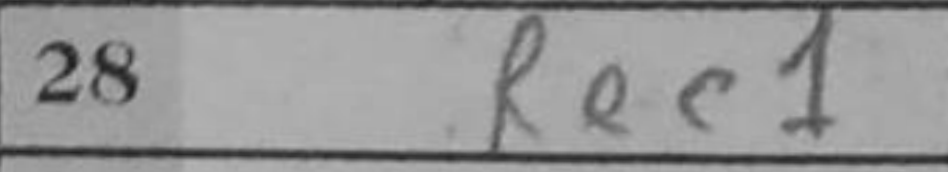
Transcription: Rec1